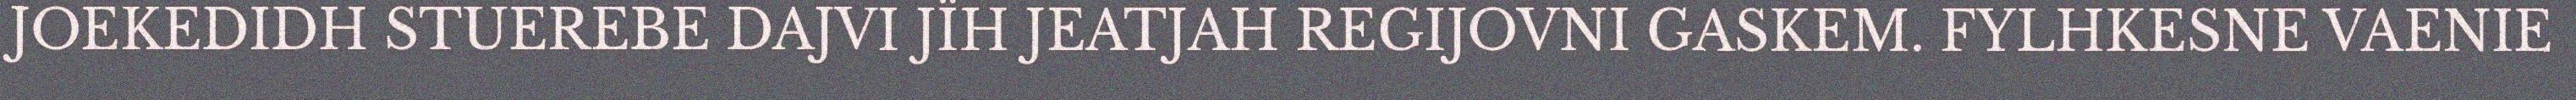
JOEKEDIDH STUEREBE DAJVI JÏH JEATJAH REGIJOVNI GASKEM. FYLHKESNE VAENIE